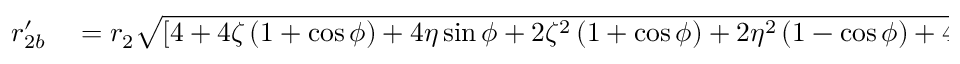
\begin{array} { r l } { r _ { 2 b } ^ { \prime } } & { { } = r _ { 2 } \sqrt { \left[ 4 + 4 \zeta \left( 1 + \cos \phi \right) + 4 \eta \sin { \phi } + 2 \zeta ^ { 2 } \left( 1 + \cos \phi \right) + 2 \eta ^ { 2 } \left( 1 - \cos \phi \right) + 4 \zeta \eta \sin { \phi } \right] } . } \end{array}